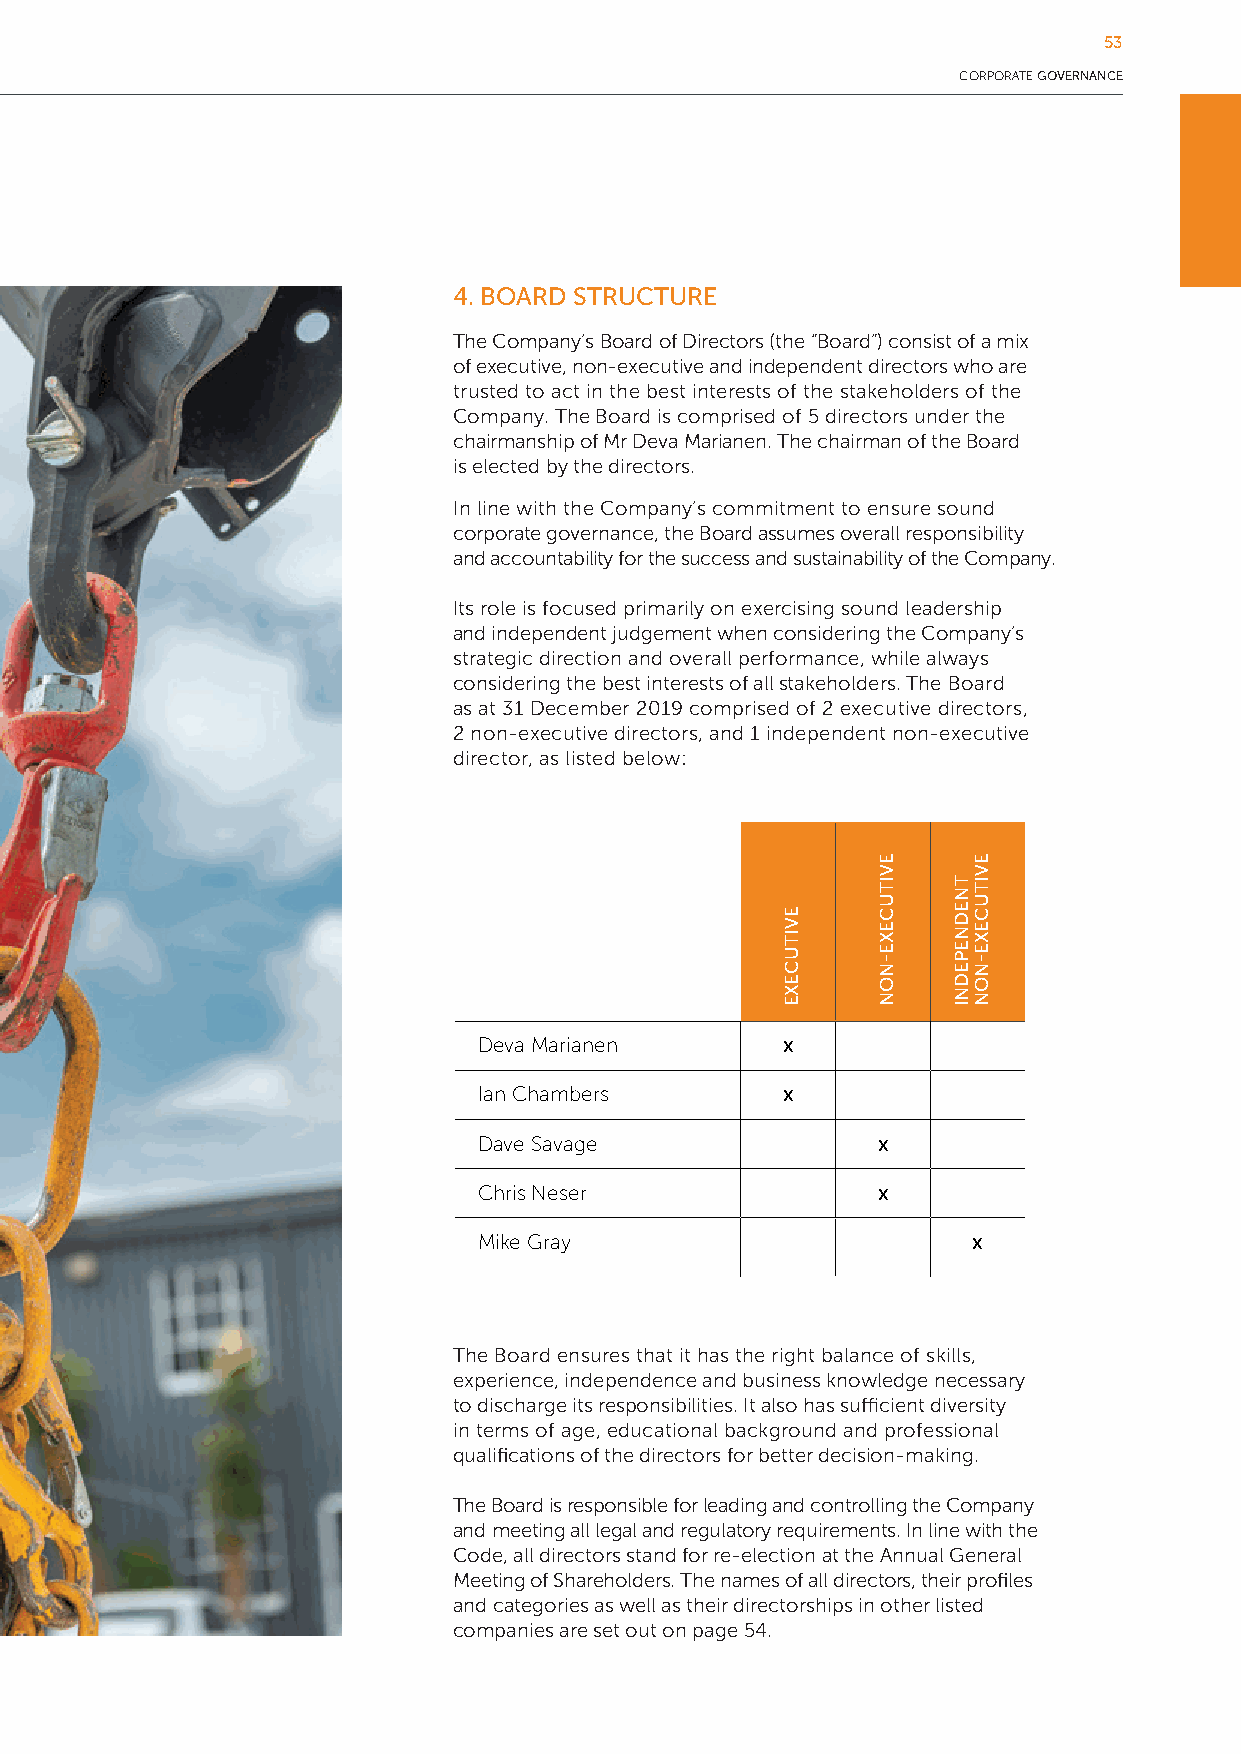
53
 CORPORATE GOVERNANCE
 58
 4. BOARD STRUCTURE
 The Company’s Board of Directors (the “Board”) consist of a mix
 of executive, non-executive and independent directors who are
 trusted to act in the best interests of the stakeholders of the
 Company. The Board is comprised of 5 directors under the
 chairmanship of Mr Deva Marianen. The chairman of the Board
 is elected by the directors.
 In line with the Company’s commitment to ensure sound
 corporate governance, the Board assumes overall responsibility
 and accountability for the success and sustainability of the Company.
 Its role is focused primarily on exercising sound leadership
 and independent judgement when considering the Company’s
 strategic direction and overall performance, while always
 considering the best interests of all stakeholders. The Board
 as at 31 December 2019 comprised of 2 executive directors,
 2 non-executive directors, and 1 independent non-executive
 director, as listed below:
 Deva Marianen       x
 Ian Chambers        x
 Dave Savage               x
 Chris Neser               x
 Mike Gray                       x
 The Board ensures that it has the right balance of skills,
 experience, independence and business knowledge necessary
 to discharge its responsibilities. It also has sufficient diversity
 in terms of age, educational background and professional
 qualifications of the directors for better decision-making.
 The Board is responsible for leading and controlling the Company
 and meeting all legal and regulatory requirements. In line with the
 Code, all directors stand for re-election at the Annual General
 Meeting of Shareholders. The names of all directors, their profiles
 and categories as well as their directorships in other listed
 companies are set out on page 54.
 EVITUCEXE
 EVITUCEXE-NON
 TNEDNEPEDNI
 EVITUCEXE-NON